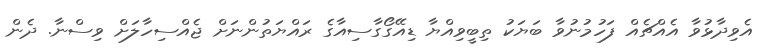
އެވިދާޅުވާ އެއްޗެއް ފަހުމުނުވާ ބަޔަކު ތިބީވިއްޔާ ޑިއޭގޯގާސިއާގެ ރައްޔަތުންނަށް ޖެއްސިހާލަށް ވިސްނާ. ދެން